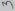
Text: 3